Leaving Certificate Examination, 1908
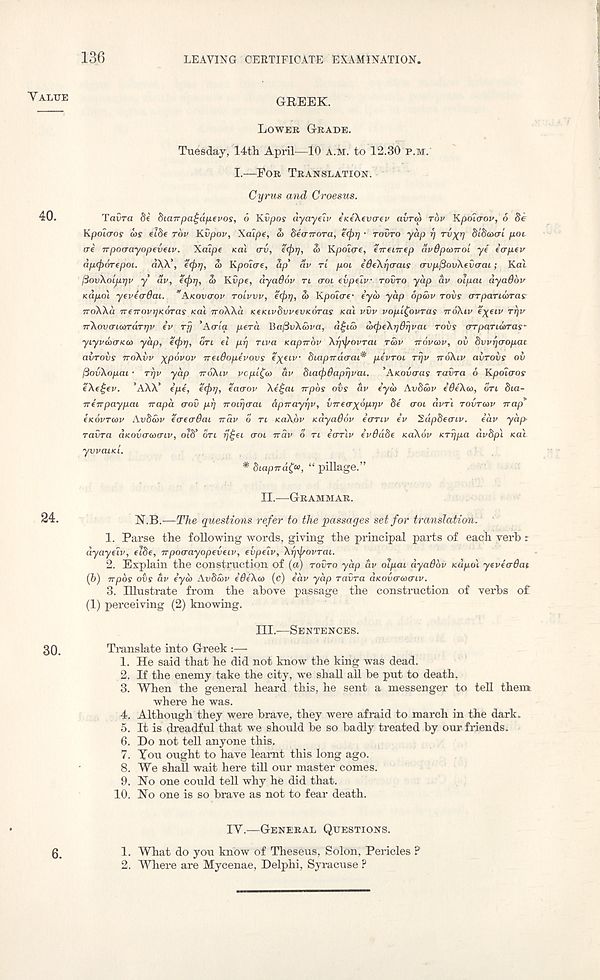
m
LEAVING CERTIFICATE EXAMINATION.
VALUE
40.
24.
30.
GREEK.
LOWER GRADE.
Tuesday, 14th April—10 A.M. to 12.30 P.M.
I.—FOR TRANSLATION.
Cyrus and Croesus.
Taira 8e diairpagdyevos, 6 Kvpof dyayeiv inekevcrev avra> rbv Kpdiaov, 6 8e
Kpoiaos a)s eiSf rbv Kvpov, Xalpe, & becnroTa, ((f)rj ■ rovro yap rj TV)(T] S/SOMTI' pot.
ere upotrayopeveiv. Xalpe sal erv, e(j)i), co Kpoitre, enenrep avOpcowoi ye etrpev
dptftorepoi. aXA’, e(f)tj, a> Kpolae, ap‘ av ri pot edeXrjtrais trvpjBovXevtrat; Kat
ftovXolfjtyv y av, e(j)r), S> Kvpe, dyadov n trot evpelv TOVTO yap av oipai dyadbv
Kapol yeveadai. v AKOVOOV rolvvv, e<j)i), S> Kpditre- eyd> yap 6p£>v rovs (TTpanwras
iroWd TreTrovrjKoras sal TTOWO. iceKivdvvevKoras Kal vvv vopi£duras TTOXIV e\eiv rrjv
wXovaiarraTTjv ev rfj 'Atria peril liaftvXiova, d£ia> dxpeXrjdrjvai rovs (TTparionras-
ytyvdttTKto yap, etfii], ort el prj riva Kapnbv Ayy/sovrat rS>v novtov, oit dvvritropac
avrovs iroAvv xpovov netOopevovs e'xeiv biapirdtrat* pevrot rrjv iroKiv avrovs ov
fiovXopat ■ rrjv yap iroXtv vcpl^to civ biatfidaprivai. ’AKOIKTUS ravra 6 Kpoltros
eXe£ev. ’AXX’ epe, e(f)r), eatrov Xeijai repos ovs av e’ya> Avdmv e’deXco, on 8ia-
TT err pay pat napa trov prj noirjtrat aptrayyv, vTretrxbpyv 8e trot divri rovrtov trap
eKovrtov AvStov etretrOai rrdv 6 n KaXpv Kdyadov etrrtv ev 2ap8e<riv. eav yap’
ravra dKOvacoatv, 018' on rj£ei troi irdv o n etrnv evddbe KaXov nrrjpa dvbp'i Ka't
yvvaiKi.
* biapwa^u, “ pillage.”
II.—GRAMMAR.
K.B.—The questions refer to the passages set for translation.
1. Parse the following words, giving the principal parts of each verb r
dyayeiv, et8e, irpocrayopeveiv, evpetv, Xyi/rovrat.
2. Explain the construction of (a) rovro yap av oipai dyadbv <dpo\ yeveadai
(b) rrpbs ovs tiv eyoo AvScbv edeXat (c) eav yap ravra dicovacoaiv.
3. Illustrate from the above passage the construction of verbs o£
(1) perceiving (2) knowing.
III.—SENTENCES.
Translate into Greek :—
1. He said that he did not know the king was dead.
2. If the enemy take the city, we shall all be put to death.
3. When the general heard this, he sent a messenger to tell them
where he was.
4. Although they were brave, they were afraid to march in the dark.
5. It is dreadful that we should be so badly treated by our friends.
6. Do not tell anyone this.
7. You ought to have learnt this long ago.
8. We shall wait here till our master comes.
9. No one could tell why he did that.
10.
No one is so brave as not to fear de
IY.—GENERAL QUESTIONS.
1. What do you know of Theseus, Solon, Pericles P
2. Where are Mycenae, Delphi, Syracuse ?